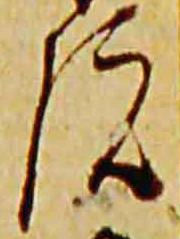
院